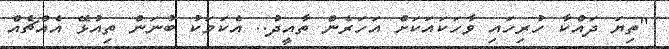
"ތިޔަ ދައްކާ ހުރިހައި ވާހަކައަކަށް އަހަރެން ތާއީދު.. އެކަމަކު ބުނަން ތިއުޅޭ އެއްޗެއް